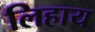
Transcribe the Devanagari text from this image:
लिहाय